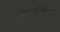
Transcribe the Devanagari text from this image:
सरडिस